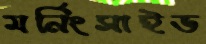
মর্নিংসাইড